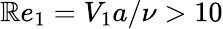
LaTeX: \mathbb{R}e_{1}=V_{1}a/\nu>10